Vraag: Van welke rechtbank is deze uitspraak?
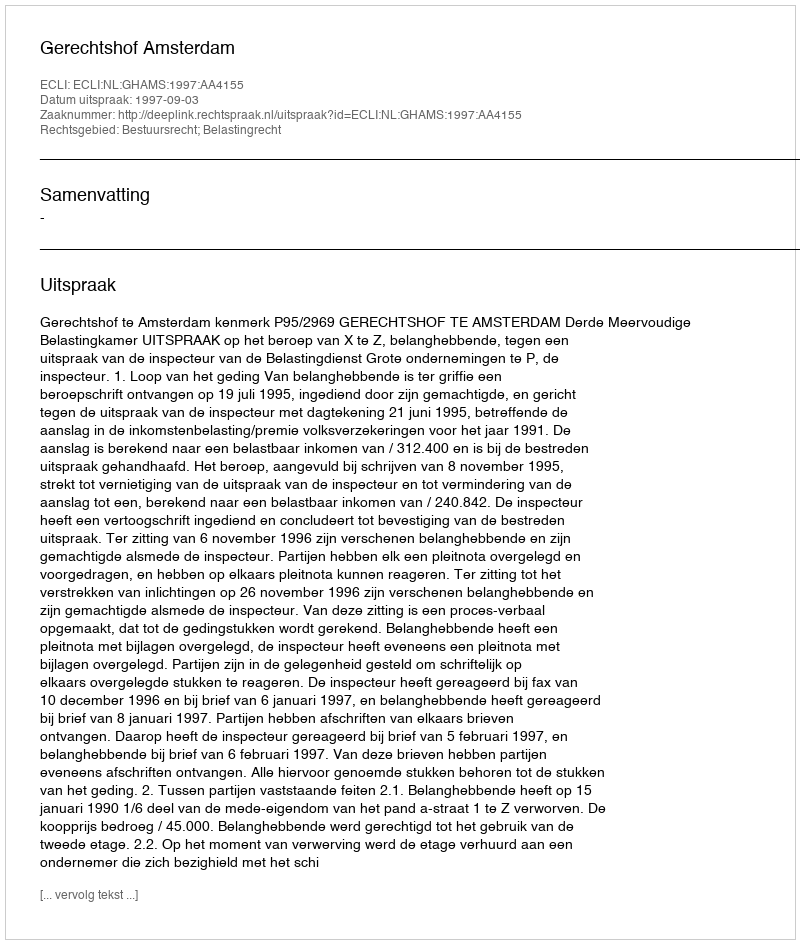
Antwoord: Gerechtshof Amsterdam